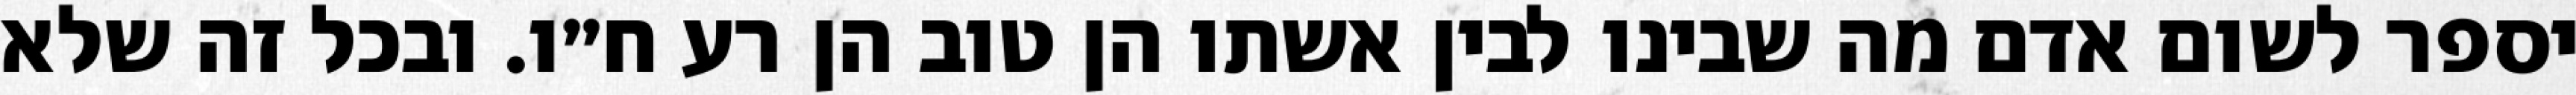
יספר לשום אדם מה שבינו לבין אשתו הן טוב הן רע ח״ו. ובכל זה שלא